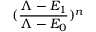
( \frac { \Lambda - E _ { 1 } } { \Lambda - E _ { 0 } } ) ^ { n }